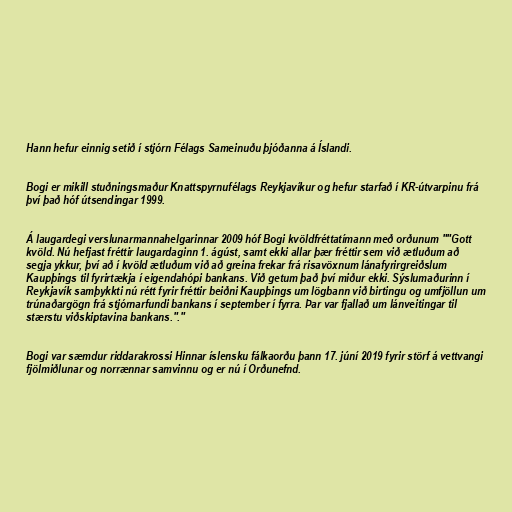
Hann hefur einnig setið í stjórn Félags Sameinuðu þjóðanna á Íslandi.

Bogi er mikill stuðningsmaður Knattspyrnufélags Reykjavíkur og hefur starfað í KR-útvarpinu frá
því það hóf útsendingar 1999.

Á laugardegi verslunarmannahelgarinnar 2009 hóf Bogi kvöldfréttatímann með orðunum ""Gott
kvöld. Nú hefjast fréttir laugardaginn 1. ágúst, samt ekki allar þær fréttir sem við ætluðum að
segja ykkur, því að í kvöld ætluðum við að greina frekar frá risavöxnum lánafyrirgreiðslum
Kaupþings til fyrirtækja í eigendahópi bankans. Við getum það því miður ekki. Sýslumaðurinn í
Reykjavík samþykkti nú rétt fyrir fréttir beiðni Kaupþings um lögbann við birtingu og umfjöllun um
trúnaðargögn frá stjórnarfundi bankans í september í fyrra. Þar var fjallað um lánveitingar til
stærstu viðskiptavina bankans."."

Bogi var sæmdur riddarakrossi Hinnar íslensku fálkaorðu þann 17. júní 2019 fyrir störf á vettvangi
fjölmiðlunar og norrænnar samvinnu og er nú í Orðunefnd.